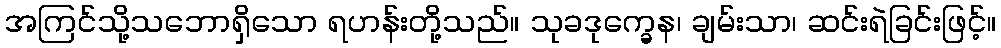
အကြင်သို့သဘောရှိသော ရဟန်းတို့သည်။ သုခဒုက္ခေန၊ ချမ်းသာ၊ ဆင်းရဲခြင်းဖြင့်။